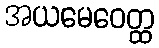
အယမေဝေတ္ထ